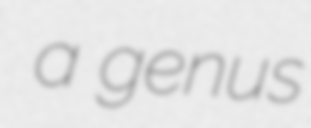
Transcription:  a genus